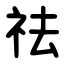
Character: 祛